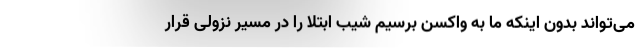
می‌تواند بدون اینکه ما به واکسن برسیم شیب ابتلا را در مسیر نزولی قرار